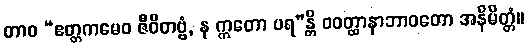
တာဝ “ဧတ္တကမေဝ ဇီဝိတဗ္ဗံ, န ဣတော ပရ”န္တိ ဝဝတ္ထာနာဘာဝတော အနိမိတ္တံ။